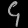
Digit: ၄